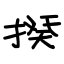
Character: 揆